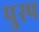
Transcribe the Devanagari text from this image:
पुस्प